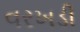
વરખડી